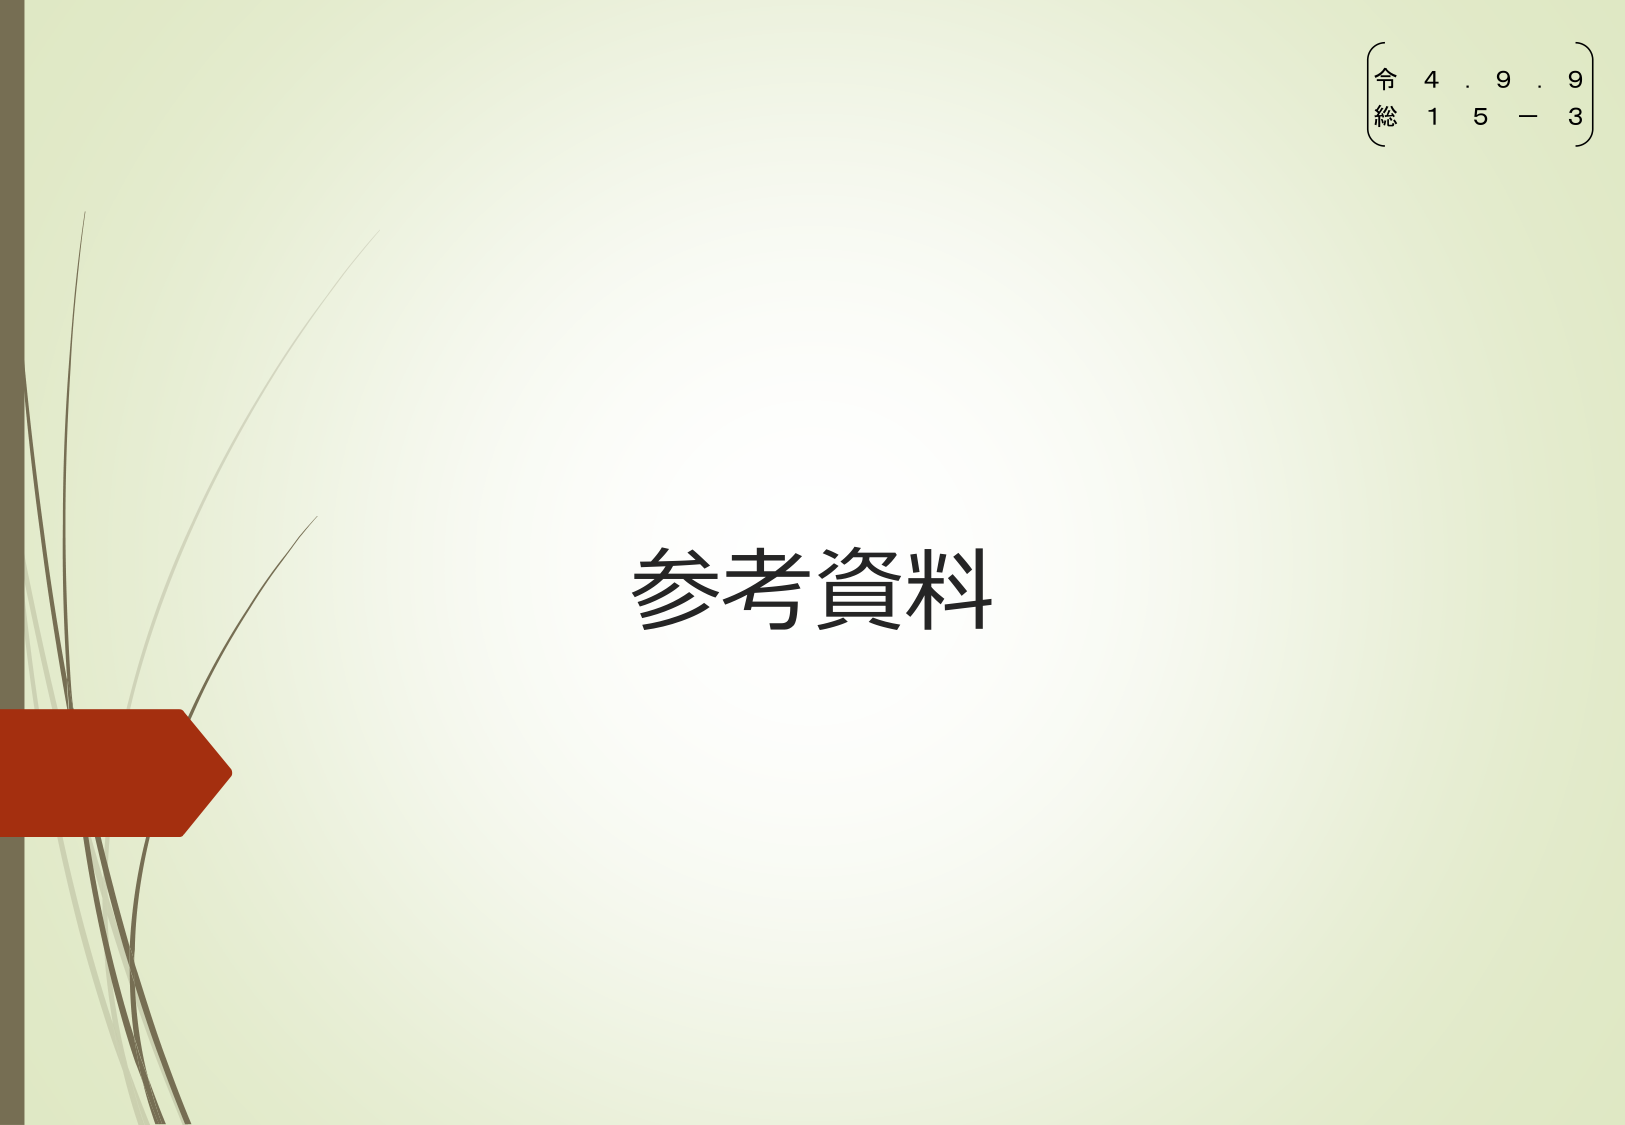
参考資料
令 4. 9. 9
総 1 5 - 3